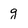
Character: g